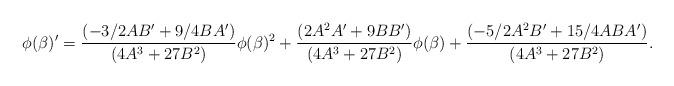
LaTeX: \begin{align*}{}\;\;\;\; \phi(\beta)'=\frac{(-3/2AB' + 9/4BA')}{(4A^3 + 27B^2)}\phi(\beta)^2+\frac{(2A^2A' + 9BB')}{(4A^3 + 27B^2)}\phi(\beta)+\frac{(-5/2A^2B' + 15/4ABA')}{(4A^3 + 27B^2)}. \end{align*}